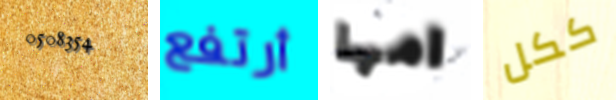
0508354 أرتفع امها ككل